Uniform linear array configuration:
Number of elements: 12
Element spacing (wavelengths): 0.25
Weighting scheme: hamming
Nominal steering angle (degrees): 15
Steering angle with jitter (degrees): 16.16
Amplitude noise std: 0.05
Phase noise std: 0.05

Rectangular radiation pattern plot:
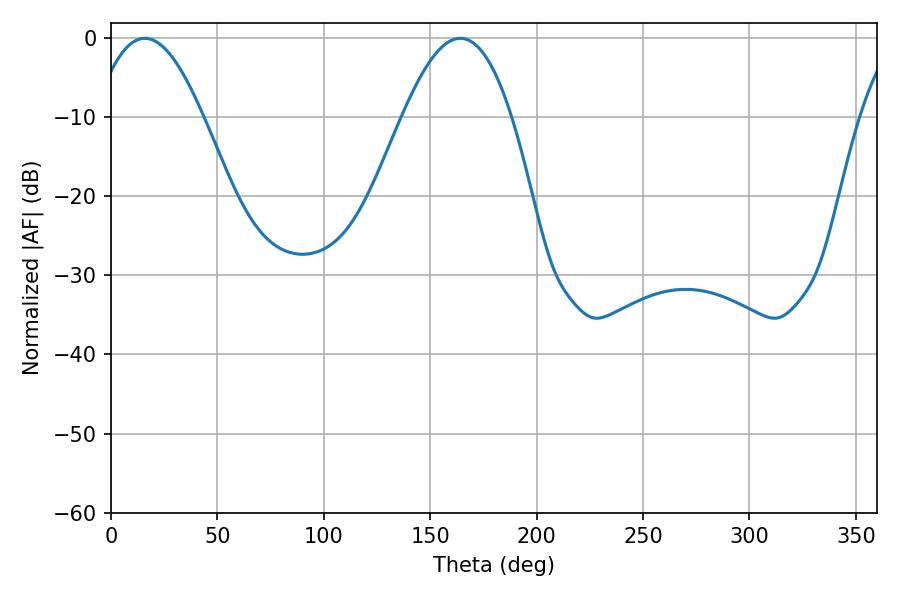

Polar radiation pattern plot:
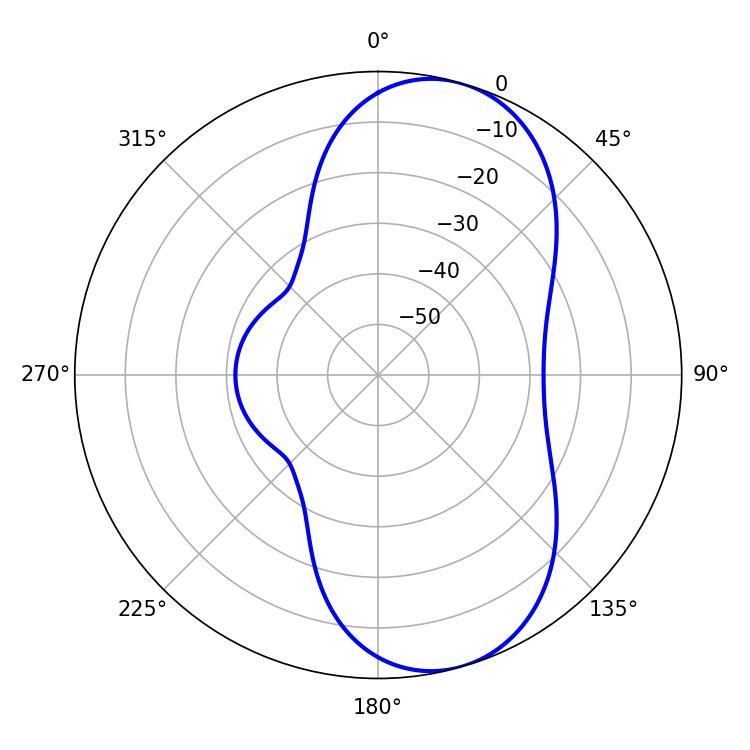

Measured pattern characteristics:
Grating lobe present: FALSE
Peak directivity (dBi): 8.174
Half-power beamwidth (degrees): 28.08
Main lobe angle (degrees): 15.84